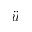
\ddot { u }